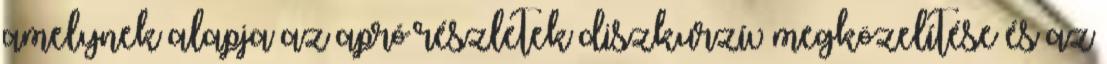
amelynek alapja az apró részletek diszkurzív megközelítése és az